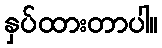
နှပ်ထားတာပါ။